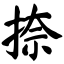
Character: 捺